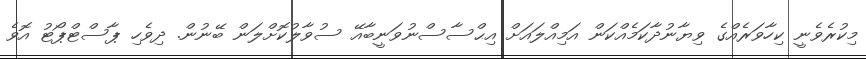
މިކުރެވެނީ ކިހާވަރެއްގެ ވިޔާނުދާކަމެއްކަން އަމިއްލައަށް އިޙްސާސްނުވަނީބާއޭ ސުވާލުކޮށްލަން ބޭނުން. ދިވެހި ޕާސްޓްޕޯޓު އޮވެ